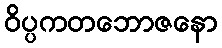
ဝိပ္ပကတဘောဇနော